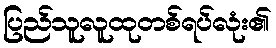
ပြည်သူလူထုတစ်ရပ်လုံး၏